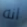
انه